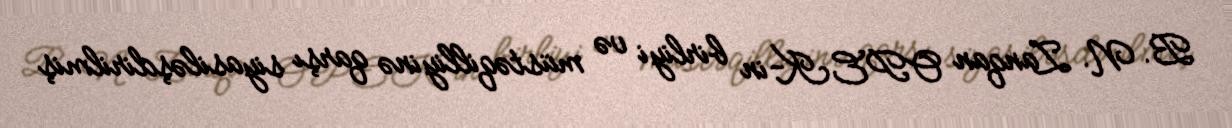
B. N. Zanqan OPEK-in birliyi və müstəqilliyinə qarşı siyasiləşdirilmiş